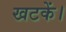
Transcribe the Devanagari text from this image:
खटकें।